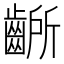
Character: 齭